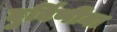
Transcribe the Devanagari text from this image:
दुर्बिणींना